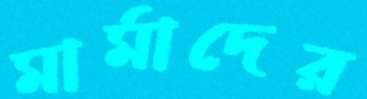
মার্মাদের